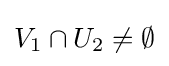
V_{1}\cap U_{2}\neq \emptyset